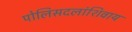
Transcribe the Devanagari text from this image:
पोलिसदलांशिवाय